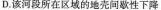
D.该河段所在区域的地壳间歇性下降